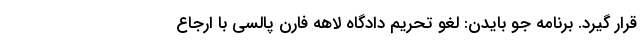
قرار گیرد. برنامه جو بایدن: لغو تحریم‌ دادگاه لاهه فارن پالسی با ارجاع